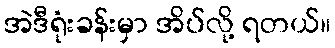
အဲဒီရုံးခန်းမှာ အိပ်လို့ ရတယ်။